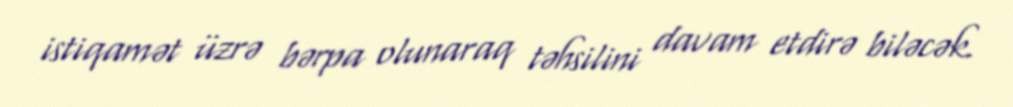
istiqamət üzrə bərpa olunaraq təhsilini davam etdirə biləcək.